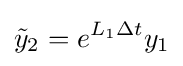
{\tilde {y}}_{2}=e^{L_{1}\Delta t}y_{1}